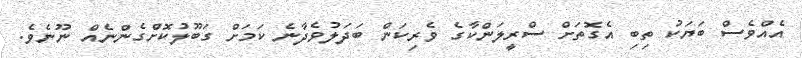
އެއްވެސް ބަޔަކު ތިބި އެގޮތަށް ސްރީލަންކާގެ ވެރިކަން ބަދަލުވެދާނެ ކަމަށް ގަބޫލުކޮށްގެންނެއް ނޫނެވެ.